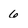
Character: 6